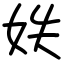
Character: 妷